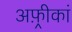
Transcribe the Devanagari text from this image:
अफ़्रीकां